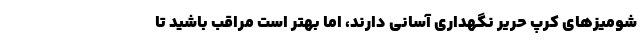
شومیزهای کرپ حریر نگهداری آسانی دارند، اما بهتر است مراقب باشید تا